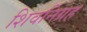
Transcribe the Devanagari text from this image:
शिवनिग्रह